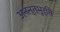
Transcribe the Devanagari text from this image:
अनन्तमूर्ति